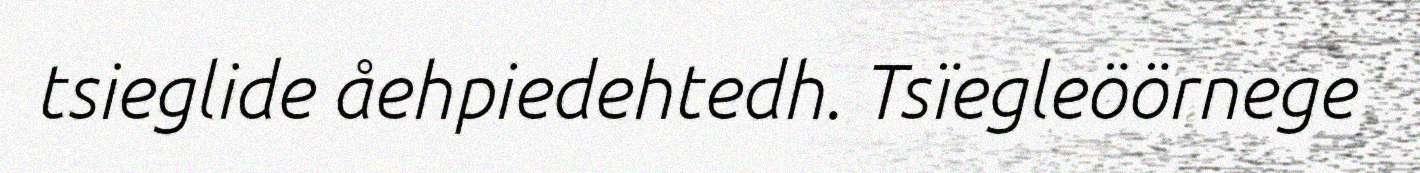
tsieglide åehpiedehtedh. Tsïegleöörnege